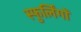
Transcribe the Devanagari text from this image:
स्फुर्लिंगों